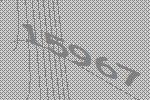
15967